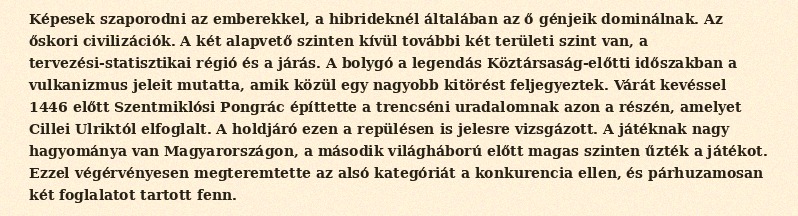
Képesek szaporodni az emberekkel, a hibrideknél általában az ő génjeik dominálnak. Az őskori civilizációk. A két alapvető szinten kívül további két területi szint van, a tervezési-statisztikai régió és a járás. A bolygó a legendás Köztársaság-előtti időszakban a vulkanizmus jeleit mutatta, amik közül egy nagyobb kitörést feljegyeztek. Várát kevéssel 1446 előtt Szentmiklósi Pongrác építtette a trencséni uradalomnak azon a részén, amelyet Cillei Ulriktól elfoglalt. A holdjáró ezen a repülésen is jelesre vizsgázott. A játéknak nagy hagyománya van Magyarországon, a második világháború előtt magas szinten űzték a játékot. Ezzel végérvényesen megteremtette az alsó kategóriát a konkurencia ellen, és párhuzamosan két foglalatot tartott fenn.